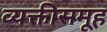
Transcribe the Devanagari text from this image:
व्यक्तीसमूह